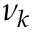
\nu _ { k }